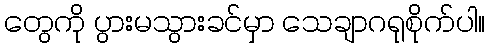
တွေကို ပွားမသွားခင်မှာ သေချာဂရုစိုက်ပါ။